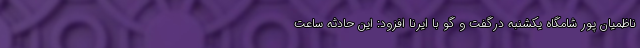
ناظمیان پور شامگاه یکشنبه درگفت و گو با ایرنا افزود: این حادثه ساعت